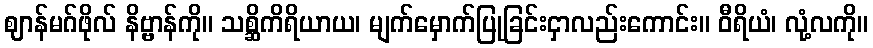
ဈာန်မဂ်ဖိုလ် နိဗ္ဗာန်ကို။ သစ္ဆိကိရိယာယ၊ မျက်မှောက်ပြုခြင်းငှာလည်းကောင်း။ ဝီရိယံ၊ လုံ့လကို။